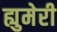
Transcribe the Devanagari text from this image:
ह्युमेरी